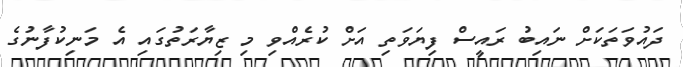
ދައުވަތަކަށް ނައިބު ރައީސް ފިޔަވަތި އަށް ކުރެއްވި މި ޒިޔާރަތުގައި އެ މަނިކުފާނުގެ